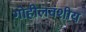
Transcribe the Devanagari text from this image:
गोहीलवंशीय